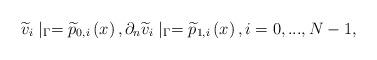
LaTeX: \begin{align*}\widetilde{v}_{i}\mid _{\Gamma }=\widetilde{p}_{0,i}\left( x\right),\partial _{n}\widetilde{v}_{i}\mid _{\Gamma }=\widetilde{p}_{1,i}\left(x\right) ,i=0,...,N-1, \end{align*}